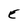
Character: E